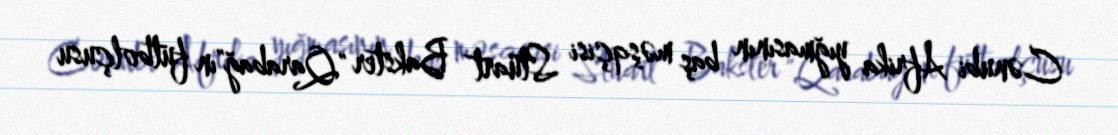
Cənubi Afrika yığmasının baş məşqçisi Stüart Bakster "Qarabağ"ın futbolçusu